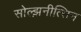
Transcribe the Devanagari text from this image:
सोल्झ़नीत्सिन